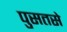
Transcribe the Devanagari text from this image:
पुसतसे